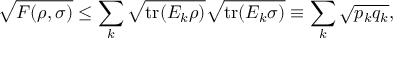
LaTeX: { \sqrt { F ( \rho , \sigma ) } } \leq \sum _ { k } { \sqrt { \operatorname { t r } ( E _ { k } \rho ) } } { \sqrt { \operatorname { t r } ( E _ { k } \sigma ) } } \equiv \sum _ { k } { \sqrt { p _ { k } q _ { k } } } ,